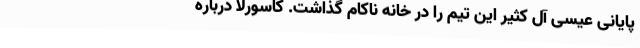
پایانی عیسی آل کثیر این تیم را در خانه ناکام گذاشت. کاسورلا درباره